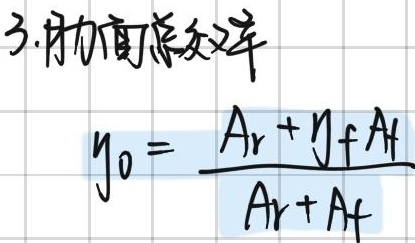
3. 协裔系数
\[y_{0}=\frac{A_{r}+y_{f}A_{f}}{A_{r}+A_{f}}\]